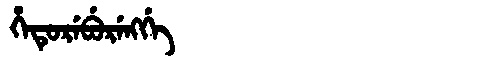
Manchu: ᡥᡝᡨᡠᡵᡝᠪᡠᡵᡝᠩᡤᡝ
Romanization: HETUREBURENGGE